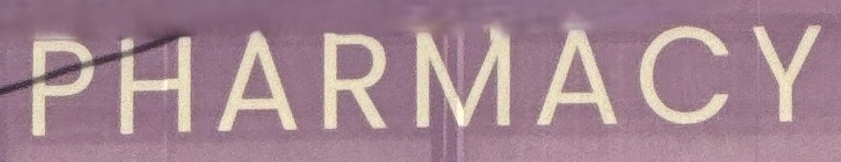
PHARMACY